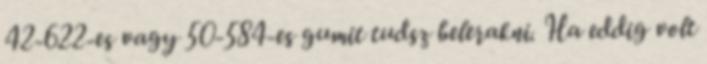
42-622-es vagy 50-584-es gumit tudsz belerakni. Ha eddig volt